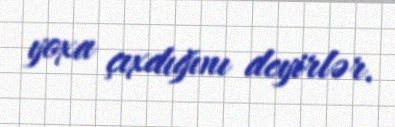
yoxa çıxdığını deyirlər.